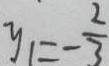
y _ { 1 } = - \frac { 2 } { 3 }